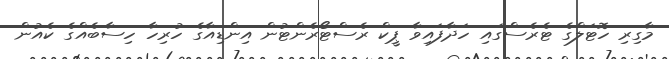
މާގިރި ހޮޓަލްގެ ޓެރެސްގައި ހަދާފައިވާ ޕީކް ރެސްޓޯރެންޓުން އިންޑިއާގެ ހުރިހާ ހިސާބެއްގެ ކެއުން